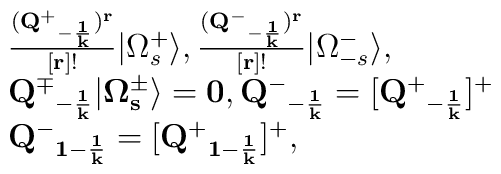
\begin{array}{lcr} {(\bf{Q^{+}}_{-{1\over k}})^{r}\over [r]!}\vert \Omega^{+}_{s}\rangle,{\bf{(Q^{-}}_{-{1\over k}})^{r}\over [r]!}\vert\Omega^{-}_{-s}\rangle ,\\ \bf{Q^{\mp}}_{-{1\over k}}\vert\Omega^{\pm}_{s}\rangle =0, \bf{Q^{-}}_{-{1\over k}}=[\bf{Q^{+}}_{-{1\over k}}]^+\\ \bf{Q^{-}}_{1-{1\over k}}=[\bf{Q^{+}}_{1-{1\over k}}]^+,\end{array}